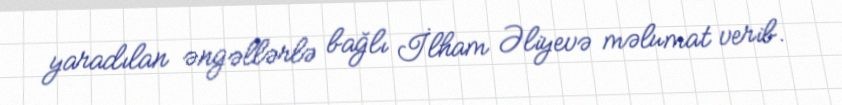
yaradılan əngəllərlə bağlı İlham Əliyevə məlumat verib.